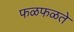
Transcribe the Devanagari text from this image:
फळफळते